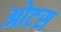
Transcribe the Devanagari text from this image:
ओटस